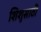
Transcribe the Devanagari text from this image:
शिशुसाठी